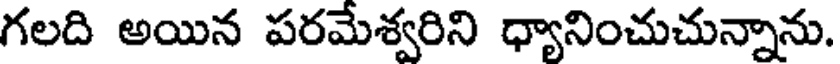
గలది అయిన పరమేశ్వరిని ధ్యానించుచున్నాను.